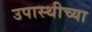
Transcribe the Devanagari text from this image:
उपास्थीच्या